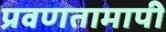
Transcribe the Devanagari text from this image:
प्रवणतामापी